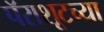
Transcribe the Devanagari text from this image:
पॅराशूटच्या